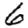
Digit: 6